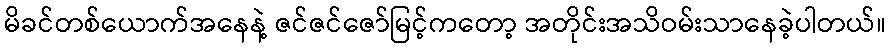
မိခင်တစ်ယောက်အနေနဲ့ ဇင်ဇင်ဇော်မြင့်ကတော့ အတိုင်းအသိဝမ်းသာနေခဲ့ပါတယ်။